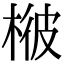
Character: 𣔓